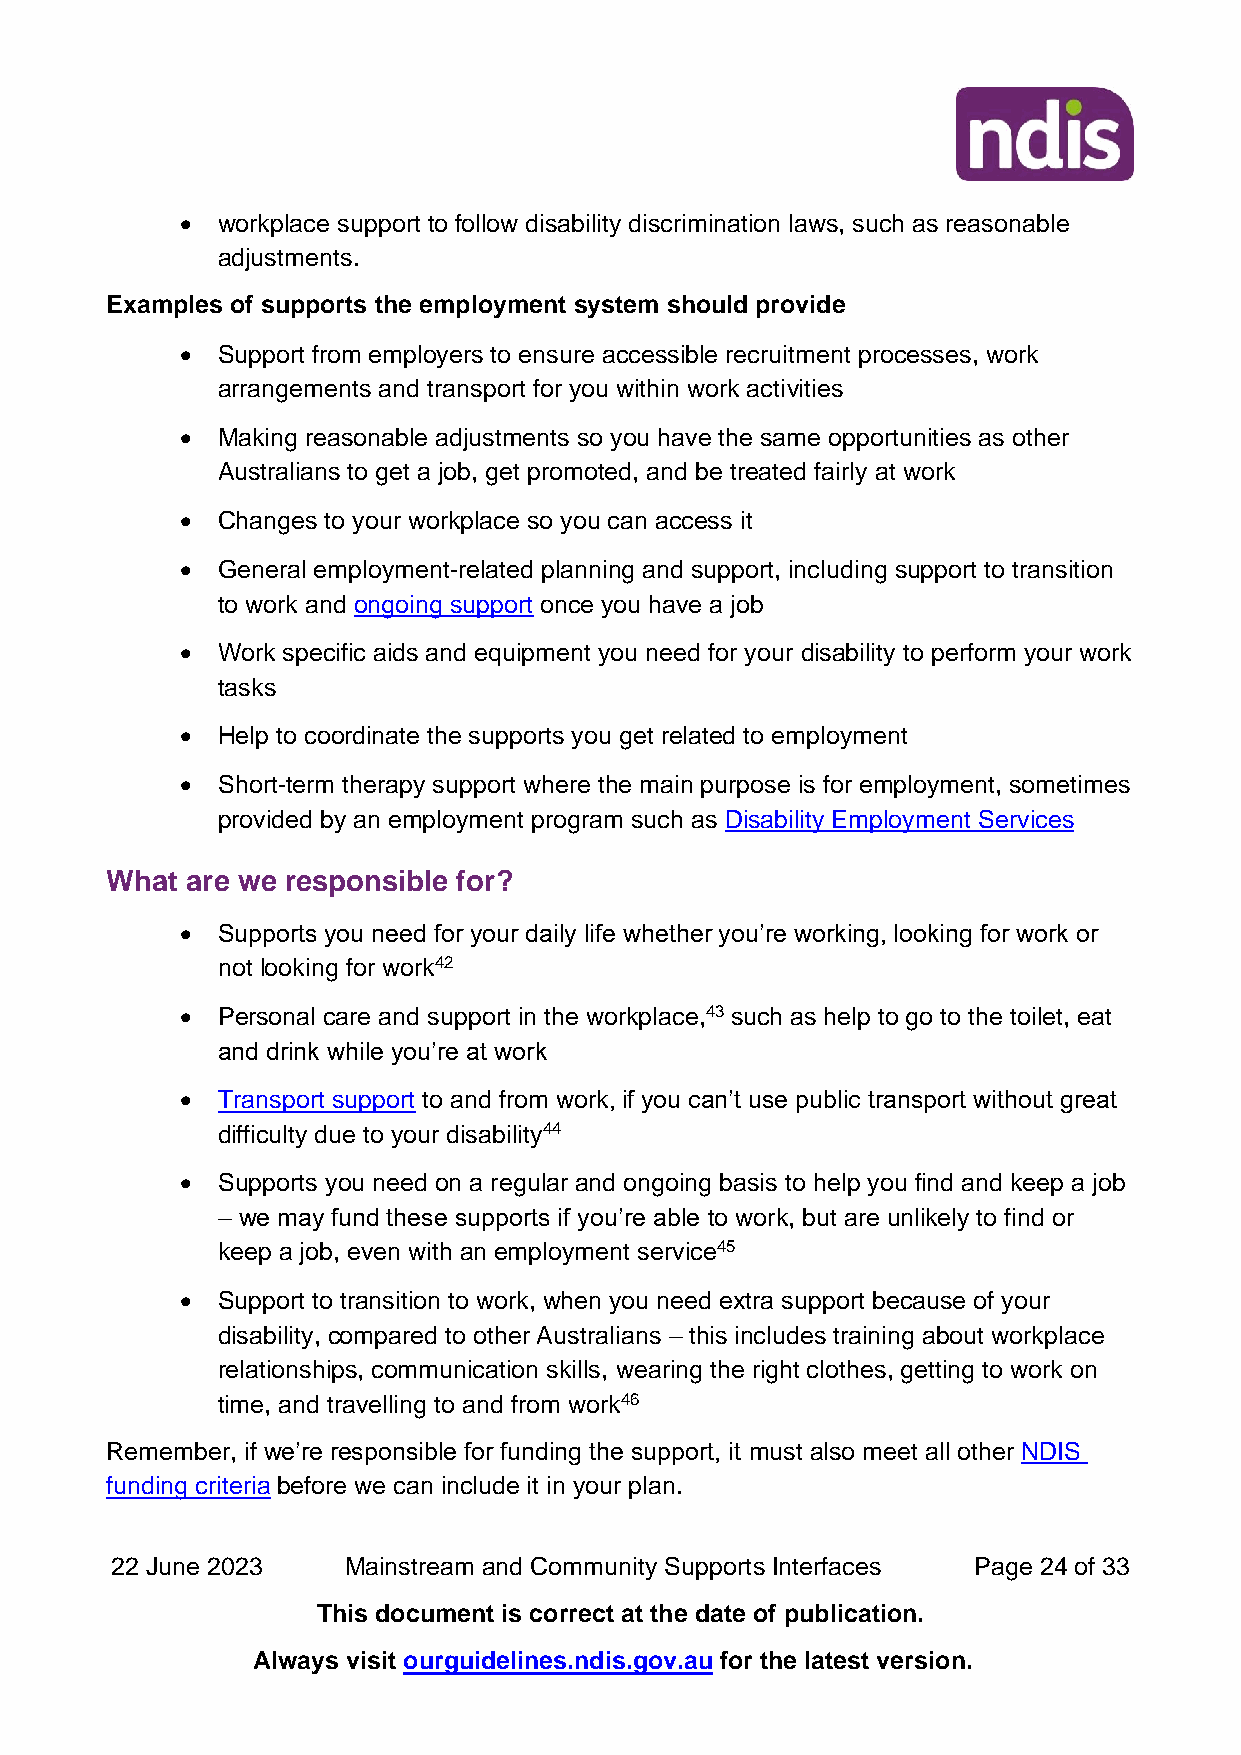
• workplace support to follow disability discrimination laws, such as reasonable
 adjustments.
 Examples of supports the employment system should provide
 • Support from employers to ensure accessible recruitment processes, work
 arrangements and transport for you within work activities
 • Making reasonable adjustments so you have the same opportunities as other
 Australians to get a job, get promoted, and be treated fairly at work
 • Changes to your workplace so you can access it
 • General employment-related planning and support, including support to transition
 to work and ongoing support once you have a job
 • Work specific aids and equipment you need for your disability to perform your work
 tasks
 • Help to coordinate the supports you get related to employment
 • Short-term therapy support where the main purpose is for employment, sometimes
 provided by an employment program such as Disability Employment Services
 What are we responsible for?
 • Supports you need for your daily life whether you’re working, looking for work or
 not looking for work42
 • Personal care and support in the workplace,43 such as help to go to the toilet, eat
 and drink while you’re at work
 • Transport support to and from work, if you can’t use public transport without great
 difficulty due to your disability44
 • Supports you need on a regular and ongoing basis to help you find and keep a job
 – we may fund these supports if you’re able to work, but are unlikely to find or
 keep a job, even with an employment service45
 • Support to transition to work, when you need extra support because of your
 disability, compared to other Australians – this includes training about workplace
 relationships, communication skills, wearing the right clothes, getting to work on
 time, and travelling to and from work46
 Remember, if we’re responsible for funding the support, it must also meet all other NDIS
 funding criteria before we can include it in your plan.
 22 June 2023    Mainstream and Community Supports Interfaces Page 24 of 33
 This document is correct at the date of publication.
 Always visit ourguidelines.ndis.gov.au for the latest version.